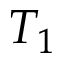
T _ { 1 }